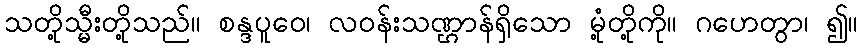
သတို့သ္မီးတို့သည်။ စန္ဒပူဝေ၊ လဝန်းသဏ္ဌာန်ရှိသော မုံ့တို့ကို။ ဂဟေတွာ၊ ၍။